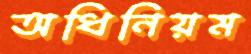
অধিনিয়ম